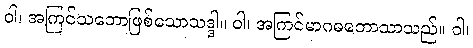
ဝါ၊ အကြင်သဘောဖြစ်သောသဒ္ဒါ။ ဝါ၊ အကြင်မာဂဓဘောသာသည်။ ဝါ၊